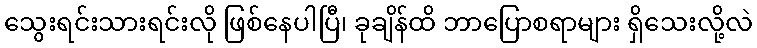
သွေးရင်းသားရင်းလို ဖြစ်နေပါပြီ၊ ခုချိန်ထိ ဘာပြောစရာများ ရှိသေးလို့လဲ